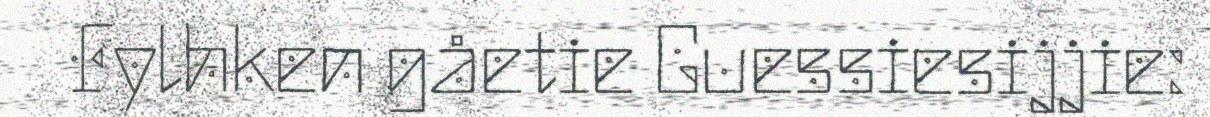
Fylhken gåetie Guessiesijjie: